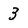
Character: 3